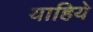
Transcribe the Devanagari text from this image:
याहिये